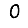
Digit: 0